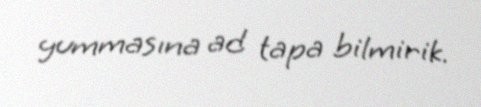
yummasına ad tapa bilmirik.